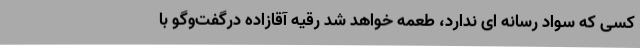
کسی که سواد رسانه ای ندارد، طعمه خواهد شد رقیه آقازاده درگفت‌وگو با